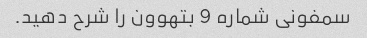
سمفونی شماره 9 بتهوون را شرح دهید.